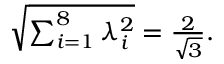
\begin{array} { r } { \sqrt { \sum _ { i = 1 } ^ { 8 } \lambda _ { i } ^ { 2 } } = \frac { 2 } { \sqrt { 3 } } . } \end{array}